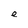
Character: e